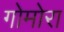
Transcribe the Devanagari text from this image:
गोमोरा